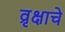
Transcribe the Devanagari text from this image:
व्रृक्षाचे